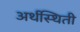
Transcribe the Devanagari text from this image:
अर्थस्थिती